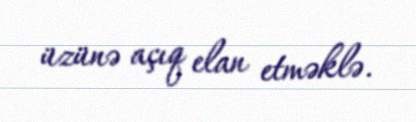
üzünə açıq elan etməklə.